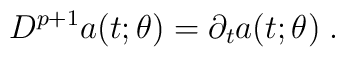
D^{p+1}a(t;\theta )=\partial_{t} a(t;\theta )  \;.